Annual report on the lock hospitals of the Madras Presidency
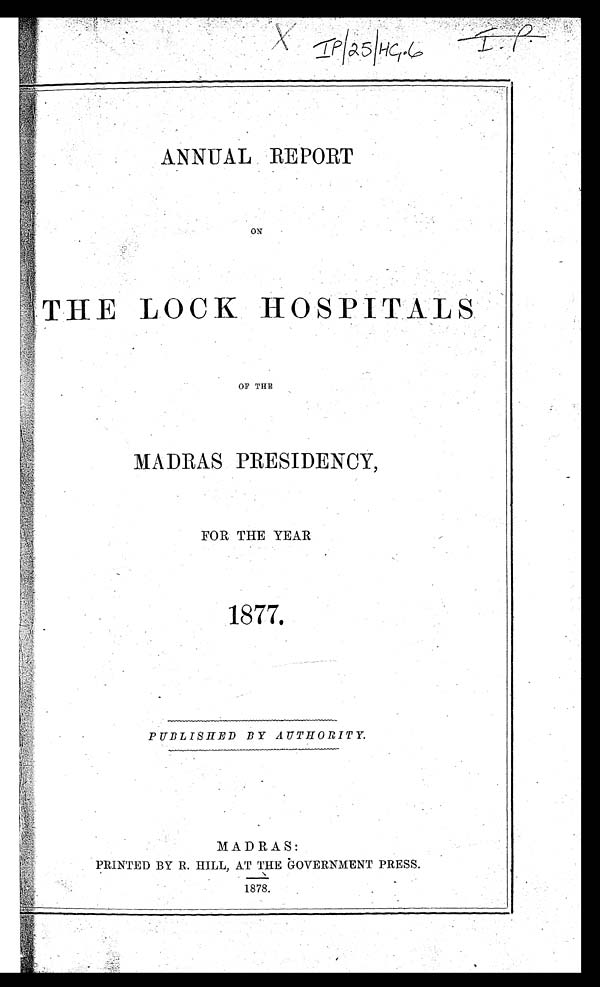
ANNUAL REPORT
ON
THE LOCK HOSPITAL
OF THE
MADRAS PRESIDENCY,
FOR THE YEAR
1877.
PUBLISHED BY AUTHORITY.
MADRAS:
PRINTED BY R. HILL, AT THE GOVERNMENT PRESS.
1878.